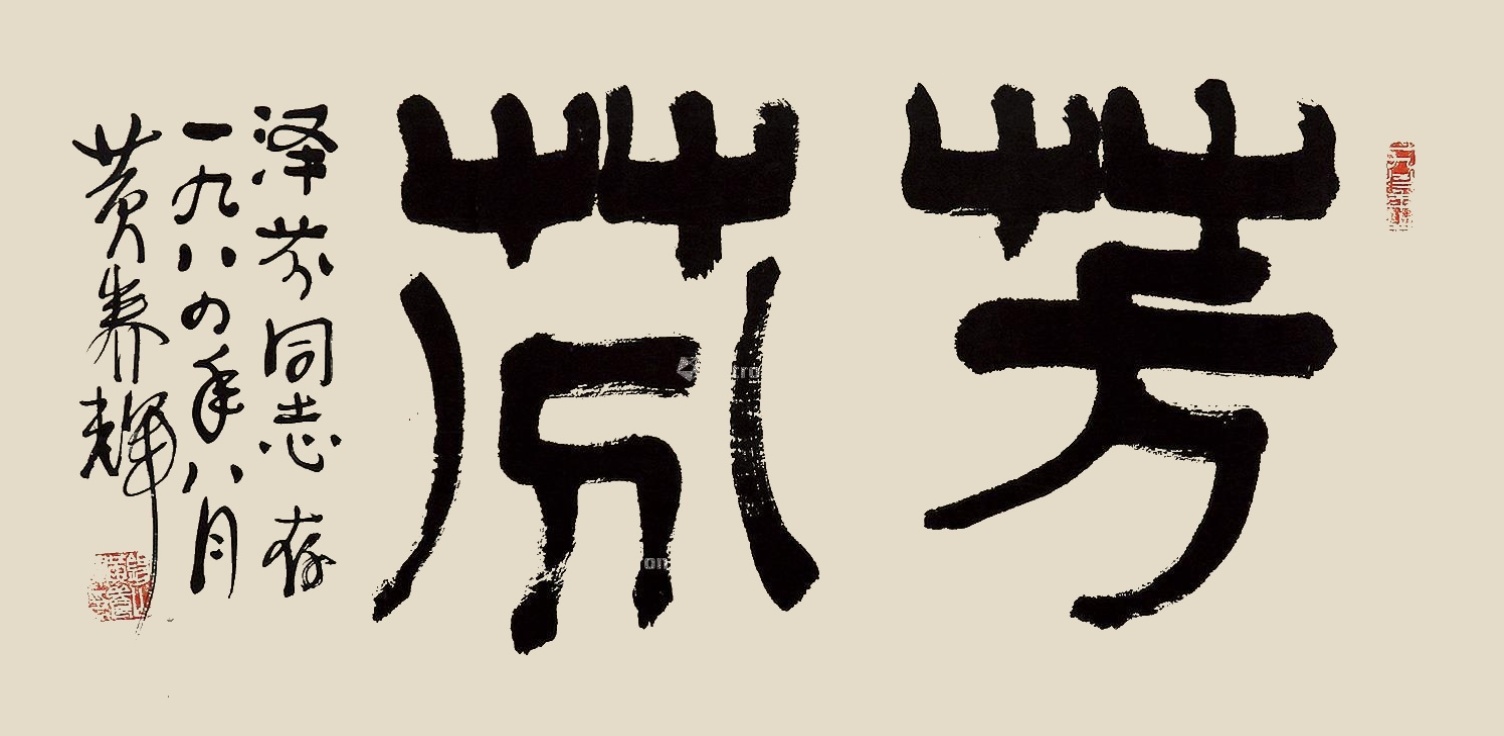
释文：芳芬。泽芳同志存。一九八四年八月，黄养辉。